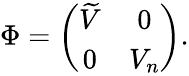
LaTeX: \Phi=\left(\begin{array}{cc}{{\widetilde{V}}}&{{0}}\\ {{0}}&{{V_{n}}}\end{array}\right).